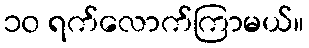
၁၀ ရက်လောက်ကြာမယ်။